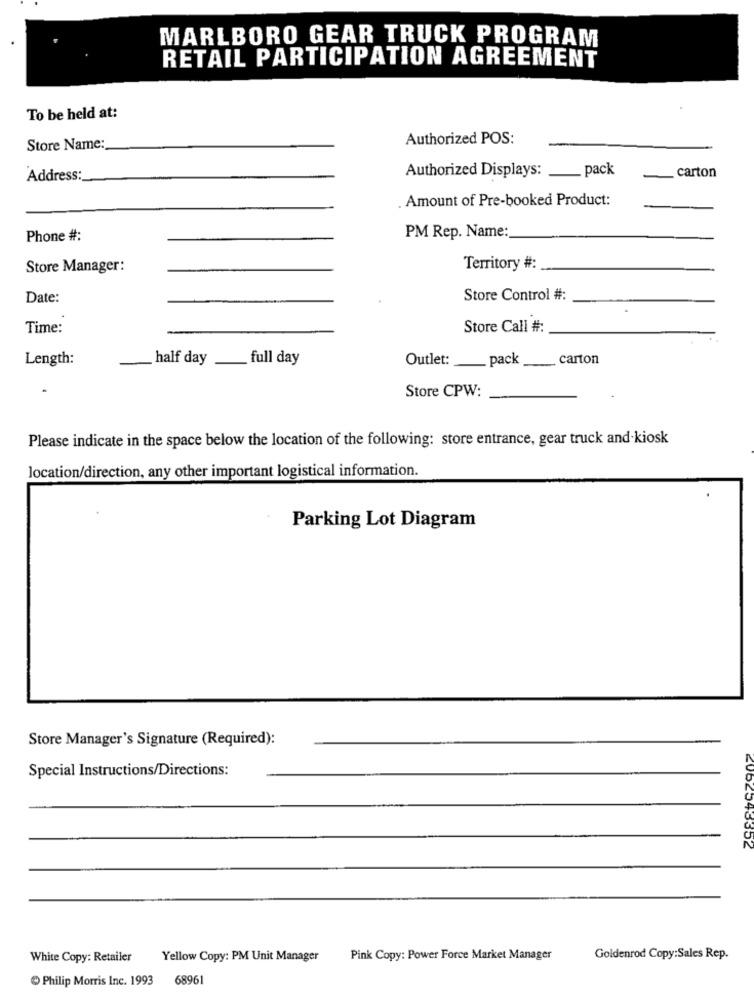
MARLBORO GEAR TRUCK PROGRAM
RETAIL PARTICIPATION AGREEMENT
To be held at:
Authorized POS:
Store Name:
Authorized Displays: __ pack
carton
Address:
. Amount of Pre-booked Product:
Phone #:
PM Rep. Name:
Store Manager:
Territory #:
Date:
Store Control #:
Time:
Store Call #:
Length:
half day
full day
Outlet: __ pack
carton
Store CPW:
Please indicate in the space below the location of the following: store entrance, gear truck and kiosk
location/direction, any other important logistical information.
Parking Lot Diagram
Store Manager's Signature (Required):
Special Instructions/Directions:
White Copy: Retailer
Yellow Copy: PM Unit Manager
Pink Copy: Power Force Market Manager
Goldenrod Copy:Sales Rep.
Philip Morris Inc. 1993
68961